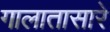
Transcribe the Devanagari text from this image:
गालातासारे